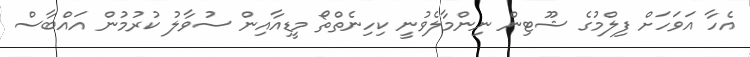
އެހާ އަވަހަށް ފިލްމުގެ ޝޫޓިން ނިންމާލެވުނީ ކިހިނެތްތޯ މީޑިއާއިން ސުވާލު ކުރުމުން އައްބާސް